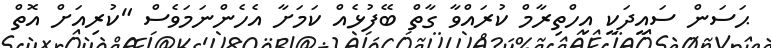
ޙަސަން ސައީދަކީ އިހްތިރާމް ކުރައްވާ ގާތް ބޭފުޅެއް ކަމަށާ އެހެންނަމަވެސް "ކުރިއަށް އޮތް